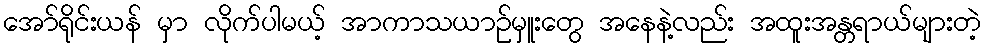
အော်ရိုင်းယန် မှာ လိုက်ပါမယ့် အာကာသယာဉ်မှူးတွေ အနေနဲ့လည်း အထူးအန္တရာယ်များတဲ့